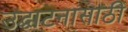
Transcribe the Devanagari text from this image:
उद्घाटनासाठी